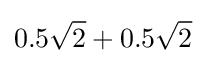
0.5{\sqrt {2}}+0.5{\sqrt {2}}